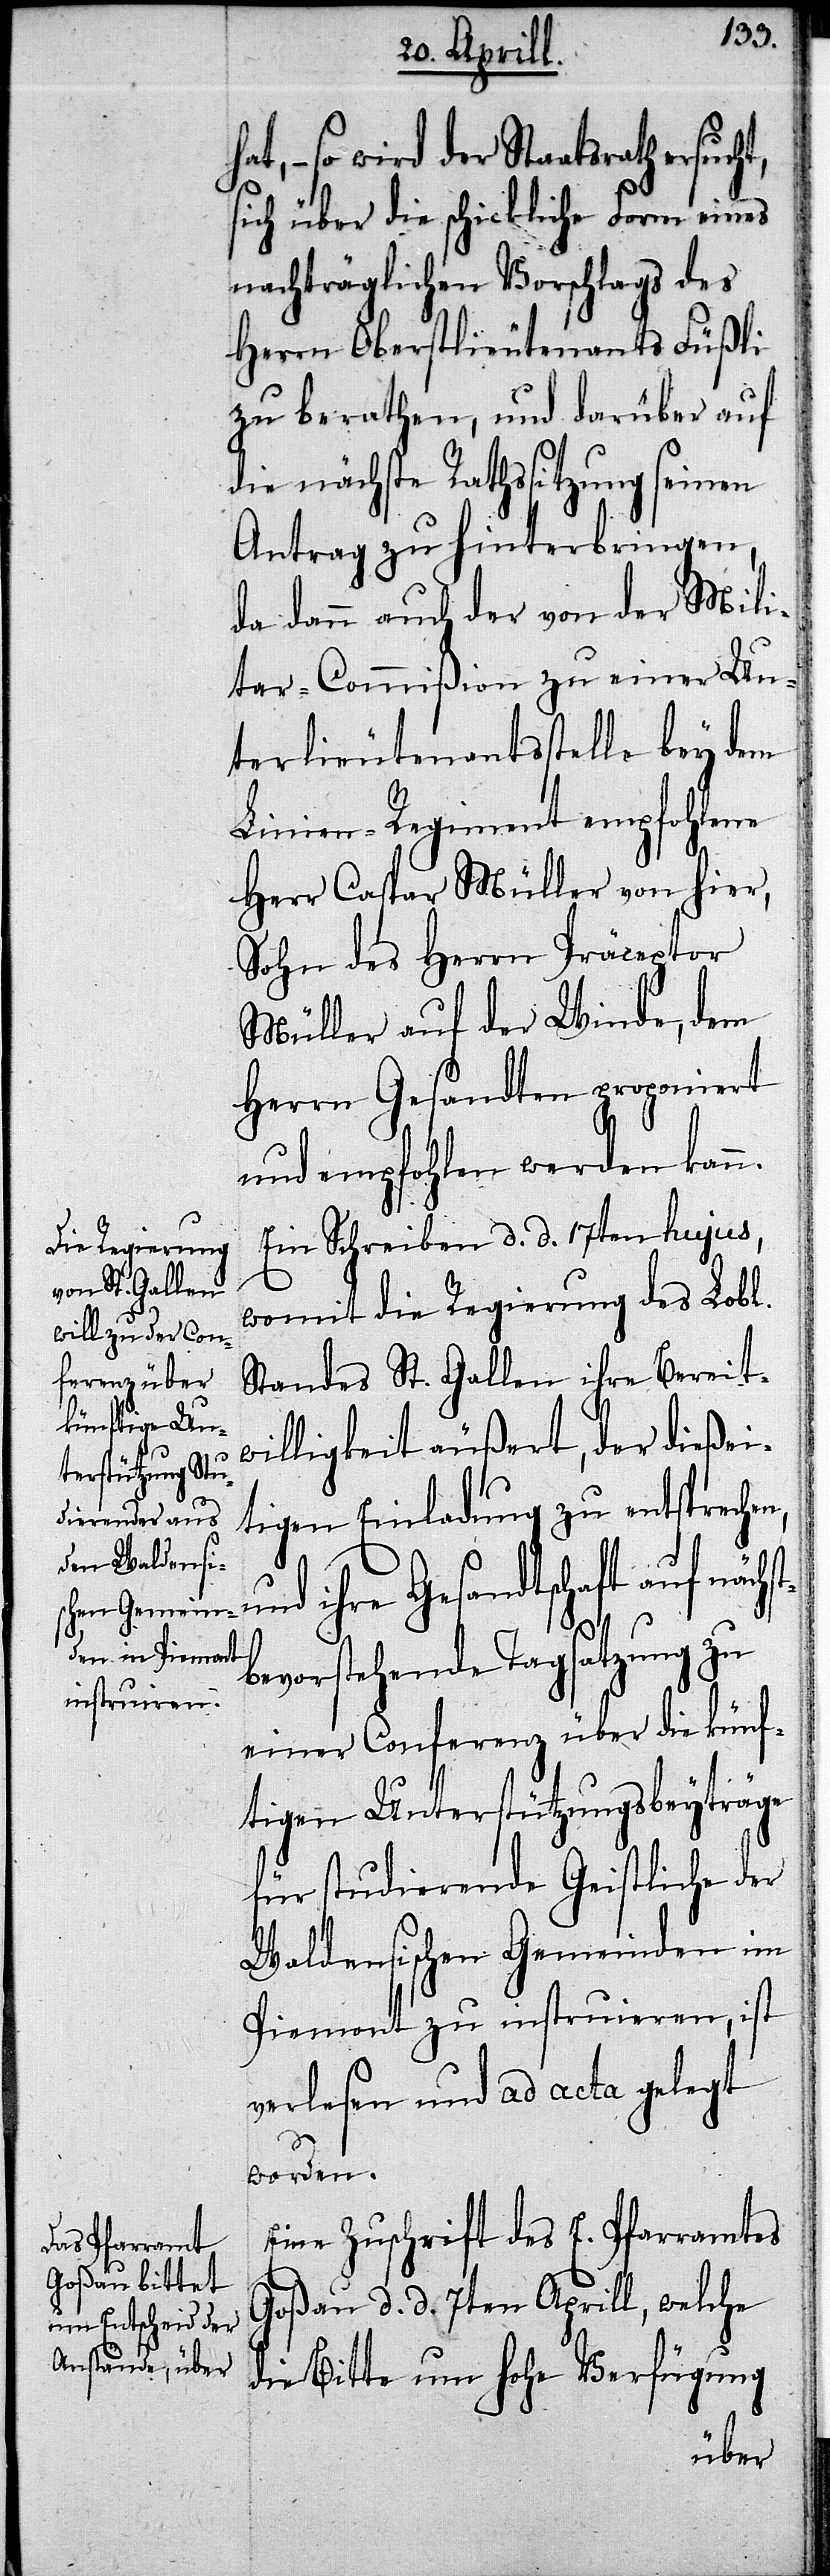
l[ichen].
st¬

at,– so wird der Staatsrath
sich über die schickliche Form eines
nachträglichen Vorschlags des
Herrn Oberstlieutenants Füßli
zu berathen, und darüber auf
die nächste Rathssitzung seinen
Antrag zu hinterbringen,
da dann auch der von der Mili¬
tar-Commißion zu einer Un¬
terlieutenantsstelle bey dem
Linien-Regiment empfohlene
Herr Caspar Müller von hier,
Sohn des Herrn Präceptor
Müller auf der Winde, dem
Herrn Gesandten proponiert
und empfohlen werden kann.
Ein Schreiben d. d. 17ten hujus,
womit die Regierung des Lob¬
Standes St. Gallen ihre Bereit¬
willigkeit äußert, der dießei¬
tigen Einladung zu entsprechen,
nd ihre Gesandtschaft auf näch¬
bevorstehende Tagsatzung zu
einer Conferenz über die künf¬
tigen Unterstützungsbeyträge
für studierende Geistliche der
Waldensischen Gemeinden im
Piemont zu instruieren, ist
verlesen und ad acta gelegt
worden.
Eine Zuschrift des E. Pfarramtes
Goßau d. d. 7ten Aprill, welche
die Bitte um hohe Verfügung